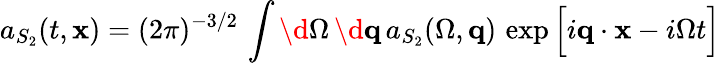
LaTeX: a_{S_{2}}(t,{\mathbf x})=(2\pi)^{-3/2}\, \int\d\Omega\, \d{\mathbf q}\, a_{S_{2}}(\Omega,{\mathbf q})\, \exp\Big[i{\mathbf q}\cdot{\mathbf x}-i\Omega t\Big]